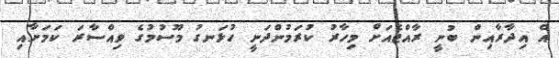
އެ އިދާރާއިން ބުނީ ރާއްޖެއަށް މިހާރު ކުރަމުންދަނީ ހުޅަނގު މޫސުމުގެ ވިއްސާރަ ކަމަށާއި